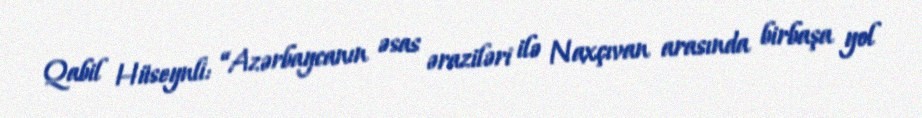
Qabil Hüseynli: “Azərbaycanın əsas əraziləri ilə Naxçıvan arasında birbaşa yol